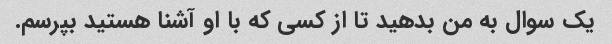
یک سوال به من بدهید تا از کسی که با او آشنا هستید بپرسم.